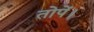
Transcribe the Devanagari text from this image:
तोपें।